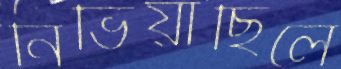
নিভিয়াছিলে